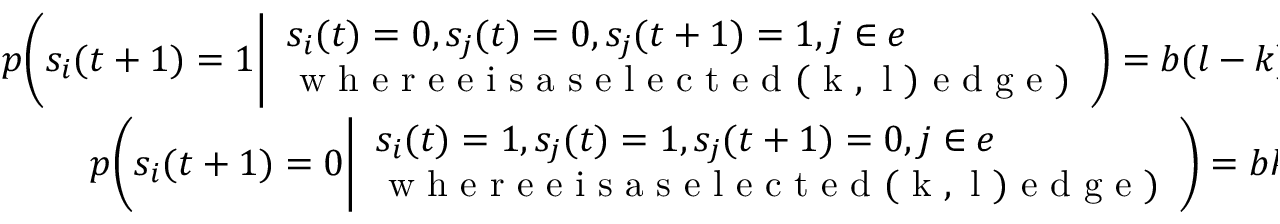
\begin{array} { r } { p \Bigg ( s _ { i } ( t + 1 ) = 1 \Bigg | \begin{array} { l } { s _ { i } ( t ) = 0 , s _ { j } ( t ) = 0 , s _ { j } ( t + 1 ) = 1 , j \in e } \\ { \mathrm { ~ w ~ h ~ e ~ r ~ e ~ e ~ i ~ s ~ a ~ s ~ e ~ l ~ e ~ c ~ t ~ e ~ d ~ ( ~ k ~ , ~ l ~ ) ~ e ~ d ~ g ~ e ~ } ) } \end{array} \Bigg ) = b ( l - k ) } \\ { p \Bigg ( s _ { i } ( t + 1 ) = 0 \Bigg | \begin{array} { l } { s _ { i } ( t ) = 1 , s _ { j } ( t ) = 1 , s _ { j } ( t + 1 ) = 0 , j \in e } \\ { \mathrm { ~ w ~ h ~ e ~ r ~ e ~ e ~ i ~ s ~ a ~ s ~ e ~ l ~ e ~ c ~ t ~ e ~ d ~ ( ~ k ~ , ~ l ~ ) ~ e ~ d ~ g ~ e ~ } ) } \end{array} \Bigg ) = b k } \end{array} ,